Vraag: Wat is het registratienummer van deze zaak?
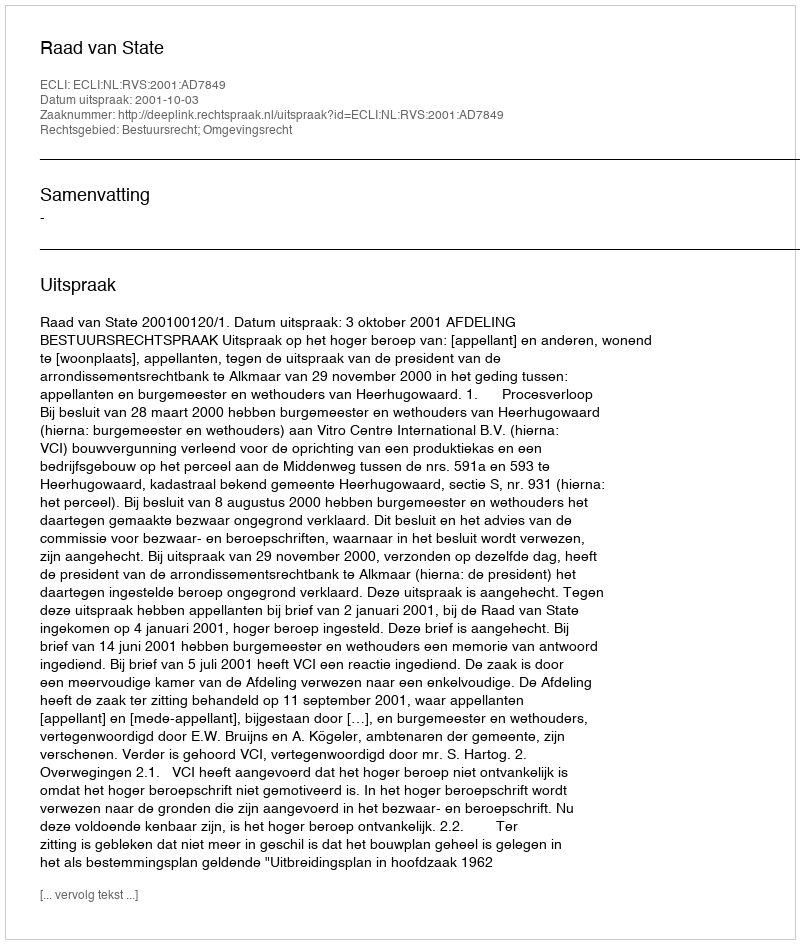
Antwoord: http://deeplink.rechtspraak.nl/uitspraak?id=ECLI:NL:RVS:2001:AD7849